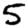
Digit: 5